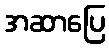
အဆာပြေ